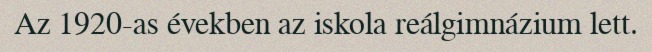
Az 1920-as években az iskola reálgimnázium lett.